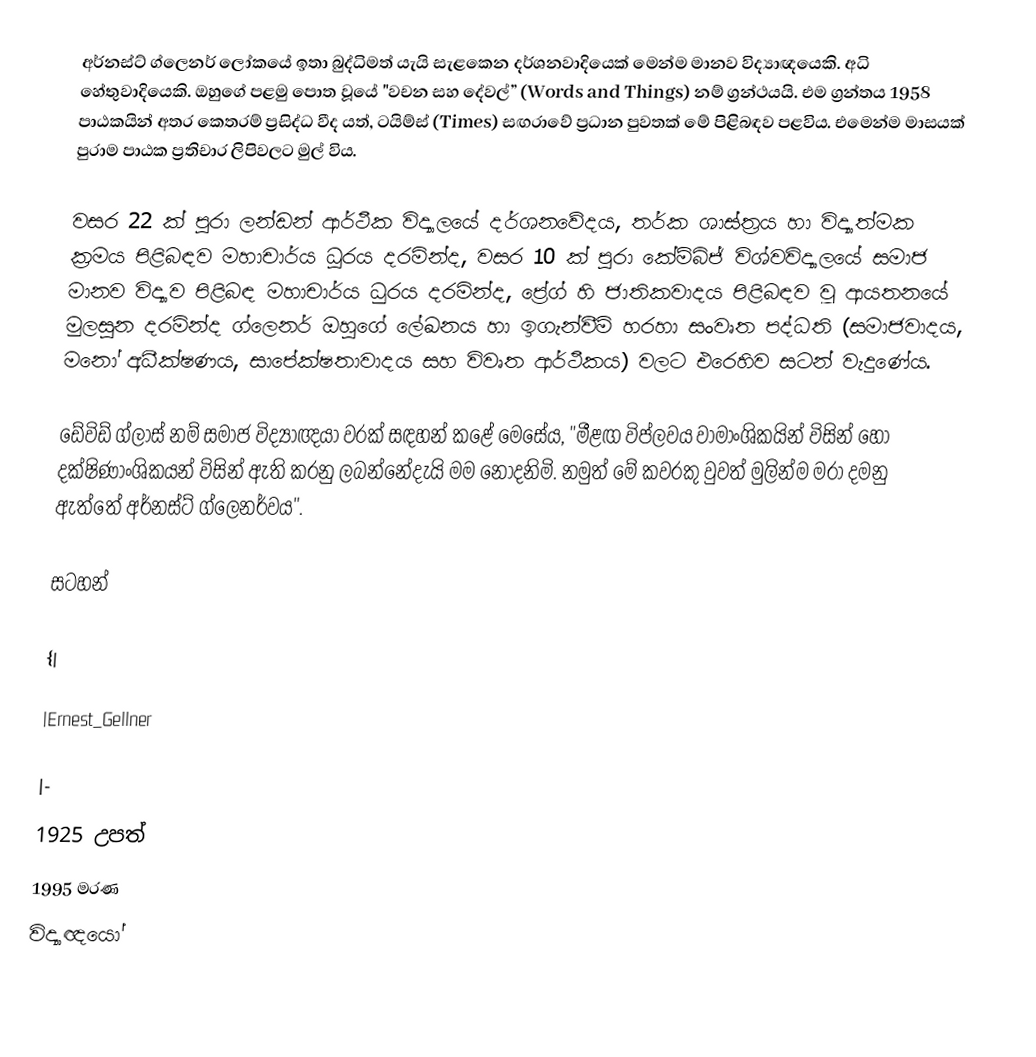
අර්නස්ට් ග්ලෙනර් ලෝකයේ ඉතා බුද්ධිමත් යැයි සැළකෙන දර්ශනවාදියෙක් මෙන්ම මානව විද්‍යාඥයෙකි. අධි හේතුවාදියෙකි. ඔහුගේ පළමු පොත වූයේ  "වචන සහ දේවල්” (Words and Things) නම් ග්‍රන්ථයයි. එම ග්‍රන්තය 1958 පාඨකයින් අතර කෙතරම් ප්‍රසිද්ධ වීද යත්, ටයිම්ස් (Times) සඟරාවේ ප්‍රධාන පුවතක් මේ පිළිබඳව පළවිය. එමෙන්ම මාසයක් පුරාම පාඨක ප්‍රතිචාර ලිපිවලට මුල් විය.

වසර 22 ක් පුරා ලන්ඩන් ආර්ථීක විද්‍යාලයේ දර්ශනවේදය, තර්ක ශාස්ත්‍රය හා විද්‍යාත්මක ක්‍රමය පිළිබඳව මහාචාර්ය ධූරය දරමින්ද, වසර 10 ක් පුරා කේම්බිජ් විශ්වවිද්‍යාලයේ සමාජ මානව විද්‍යාව පිළිබඳ මහාචාර්ය ධුරය දරමින්ද, ප්‍රේග් හි ජාතිකවාදය පිළිබඳව වූ ආයතනයේ මුලසුන දරමින්ද ග්ලෙනර් ඔහුගේ ලේඛනය හා ඉගැන්වීම් හරහා සංවෘත පද්ධති (සමාජවාදය, මනෝ අධීක්ෂණය, සාපේක්ෂතාවාදය සහ විවෘත ආර්ථීකය) වලට එරෙහිව සටන් වැදුණේය.

ඩේවිඩ් ග්ලාස් නම් සමාජ විද්‍යාඥයා වරක් සඳහන් කළේ මෙසේය, "මීළඟ විප්ලවය වාමාංශිකයින් විසින් හෝ දක්ෂිණාංශිකයන් විසින් ඇති කරනු ලබන්නේදැයි මම නොදනිමි. නමුත් මේ කවරකු වුවත් මුලින්ම මරා දමනු ඇත්තේ අර්නස්ට් ග්ලෙනර්වය".

සටහන්

{|

|Ernest_Gellner

|-
1925 උපත්
1995 මරණ
විද්‍යාඥයෝ